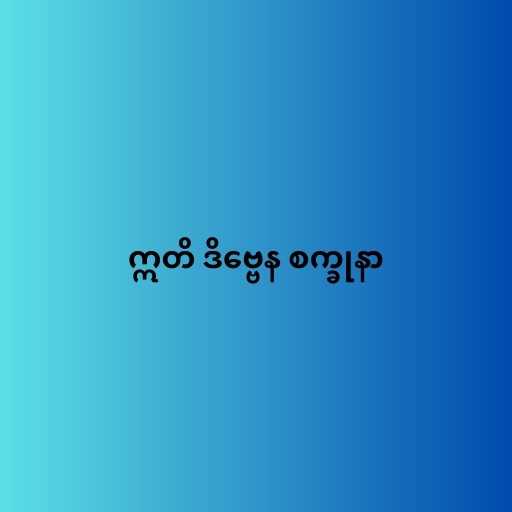
ဣတိ ဒိဗ္ဗေန စက္ခုနာ